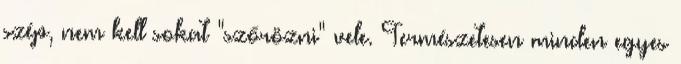
szép, nem kell sokat "szőrözni" vele. Természetesen minden egyes